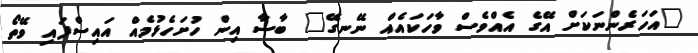
"އަހަރެންނަކަށް އޭގެ އެއްވެސް ވާހަކައެއް ނޭނގޭ" ބާސާ އިން ހުށަހެޅުމެއް އައިސްފައި ވޭތޯ